Indian journal of veterinary science and animal husbandry - Volumes 22-23, 1952-1953
Year: 1952
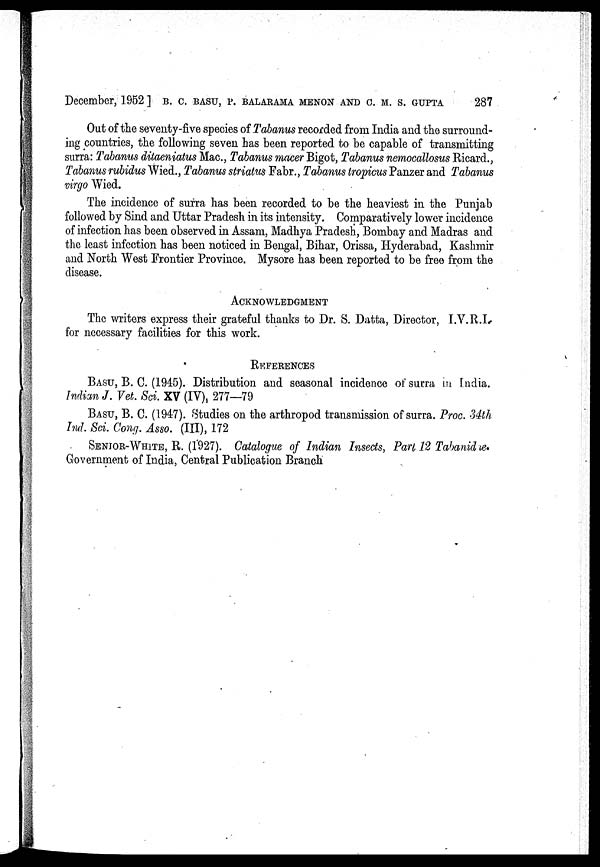
December, 1952] B. C. BASU, P. BALARAMA MENON AND C. M. S. GUPTA 287
Out of the seventy-five species of Tabanus recorded from India and the surround-
ing countries, the following seven has been reported to be capable of transmitting
surra: Tabanus ditaeniatus Mac., Tabanus macer Bigot, Tabanus nemocallosus Ricard.,
Tabanus rubidus Wied., Tabanus striatus Fabr., Tabanus tropicus Panzer and Tabanus
virgo Wied.
The incidence of surra has been recorded to be the heaviest in the Punjab
followed by Sind and Uttar Pradesh in its intensity. Comparatively lower incidence
of infection has been observed in Assam, Madhya Pradesh, Bombay and Madras and
the least infection has been noticed in Bengal, Bihar, Orissa, Hyderabad, Kashmir
and North West Frontier Province. Mysore has been reported to be free from the
disease.
ACKNOWLEDGMENT
The writers express their grateful thanks to Dr. S. Datta, Director, I.V.R.I.
for necessary facilities for this work.
REFERENCES
BASU, B. C. (1945). Distribution and seasonal incidence of surra in India.
Indian J. Vet. Sci. XV (IV), 277—79
BASU, B. C. (1947). Studies on the arthropod transmission of surra. Proc. 34th
Ind. Sci. Cong. Asso. (III), 172
SENIOR-WHITE, R. (1927). Catalogue of Indian Insects, Part 12 Tabanid ie.
Government of India, Central Publication Branch